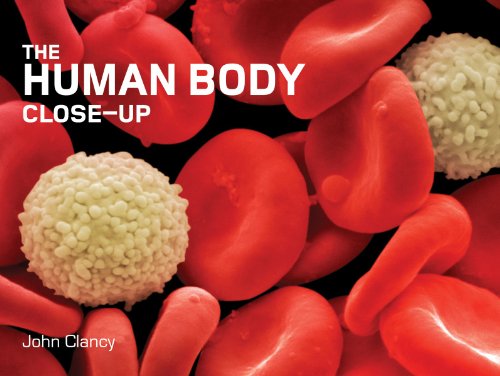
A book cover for The Human Body Close-Up (Close-Up (Firefly)); John Clancy; Science & Math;